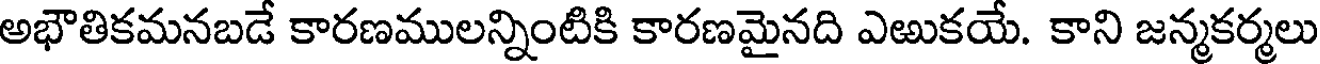
అభౌతికమనబడే కారణములన్నింటికి కారణమైనది ఎఱుకయే. కాని జన్మకర్మలు